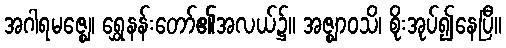
အဂါရမဇ္ဈေ၊ ရွှေနန်းတော်၏အလယ်၌။ အဇ္ဈာဝသိ၊ စိုးအုပ်၍နေပြီ။